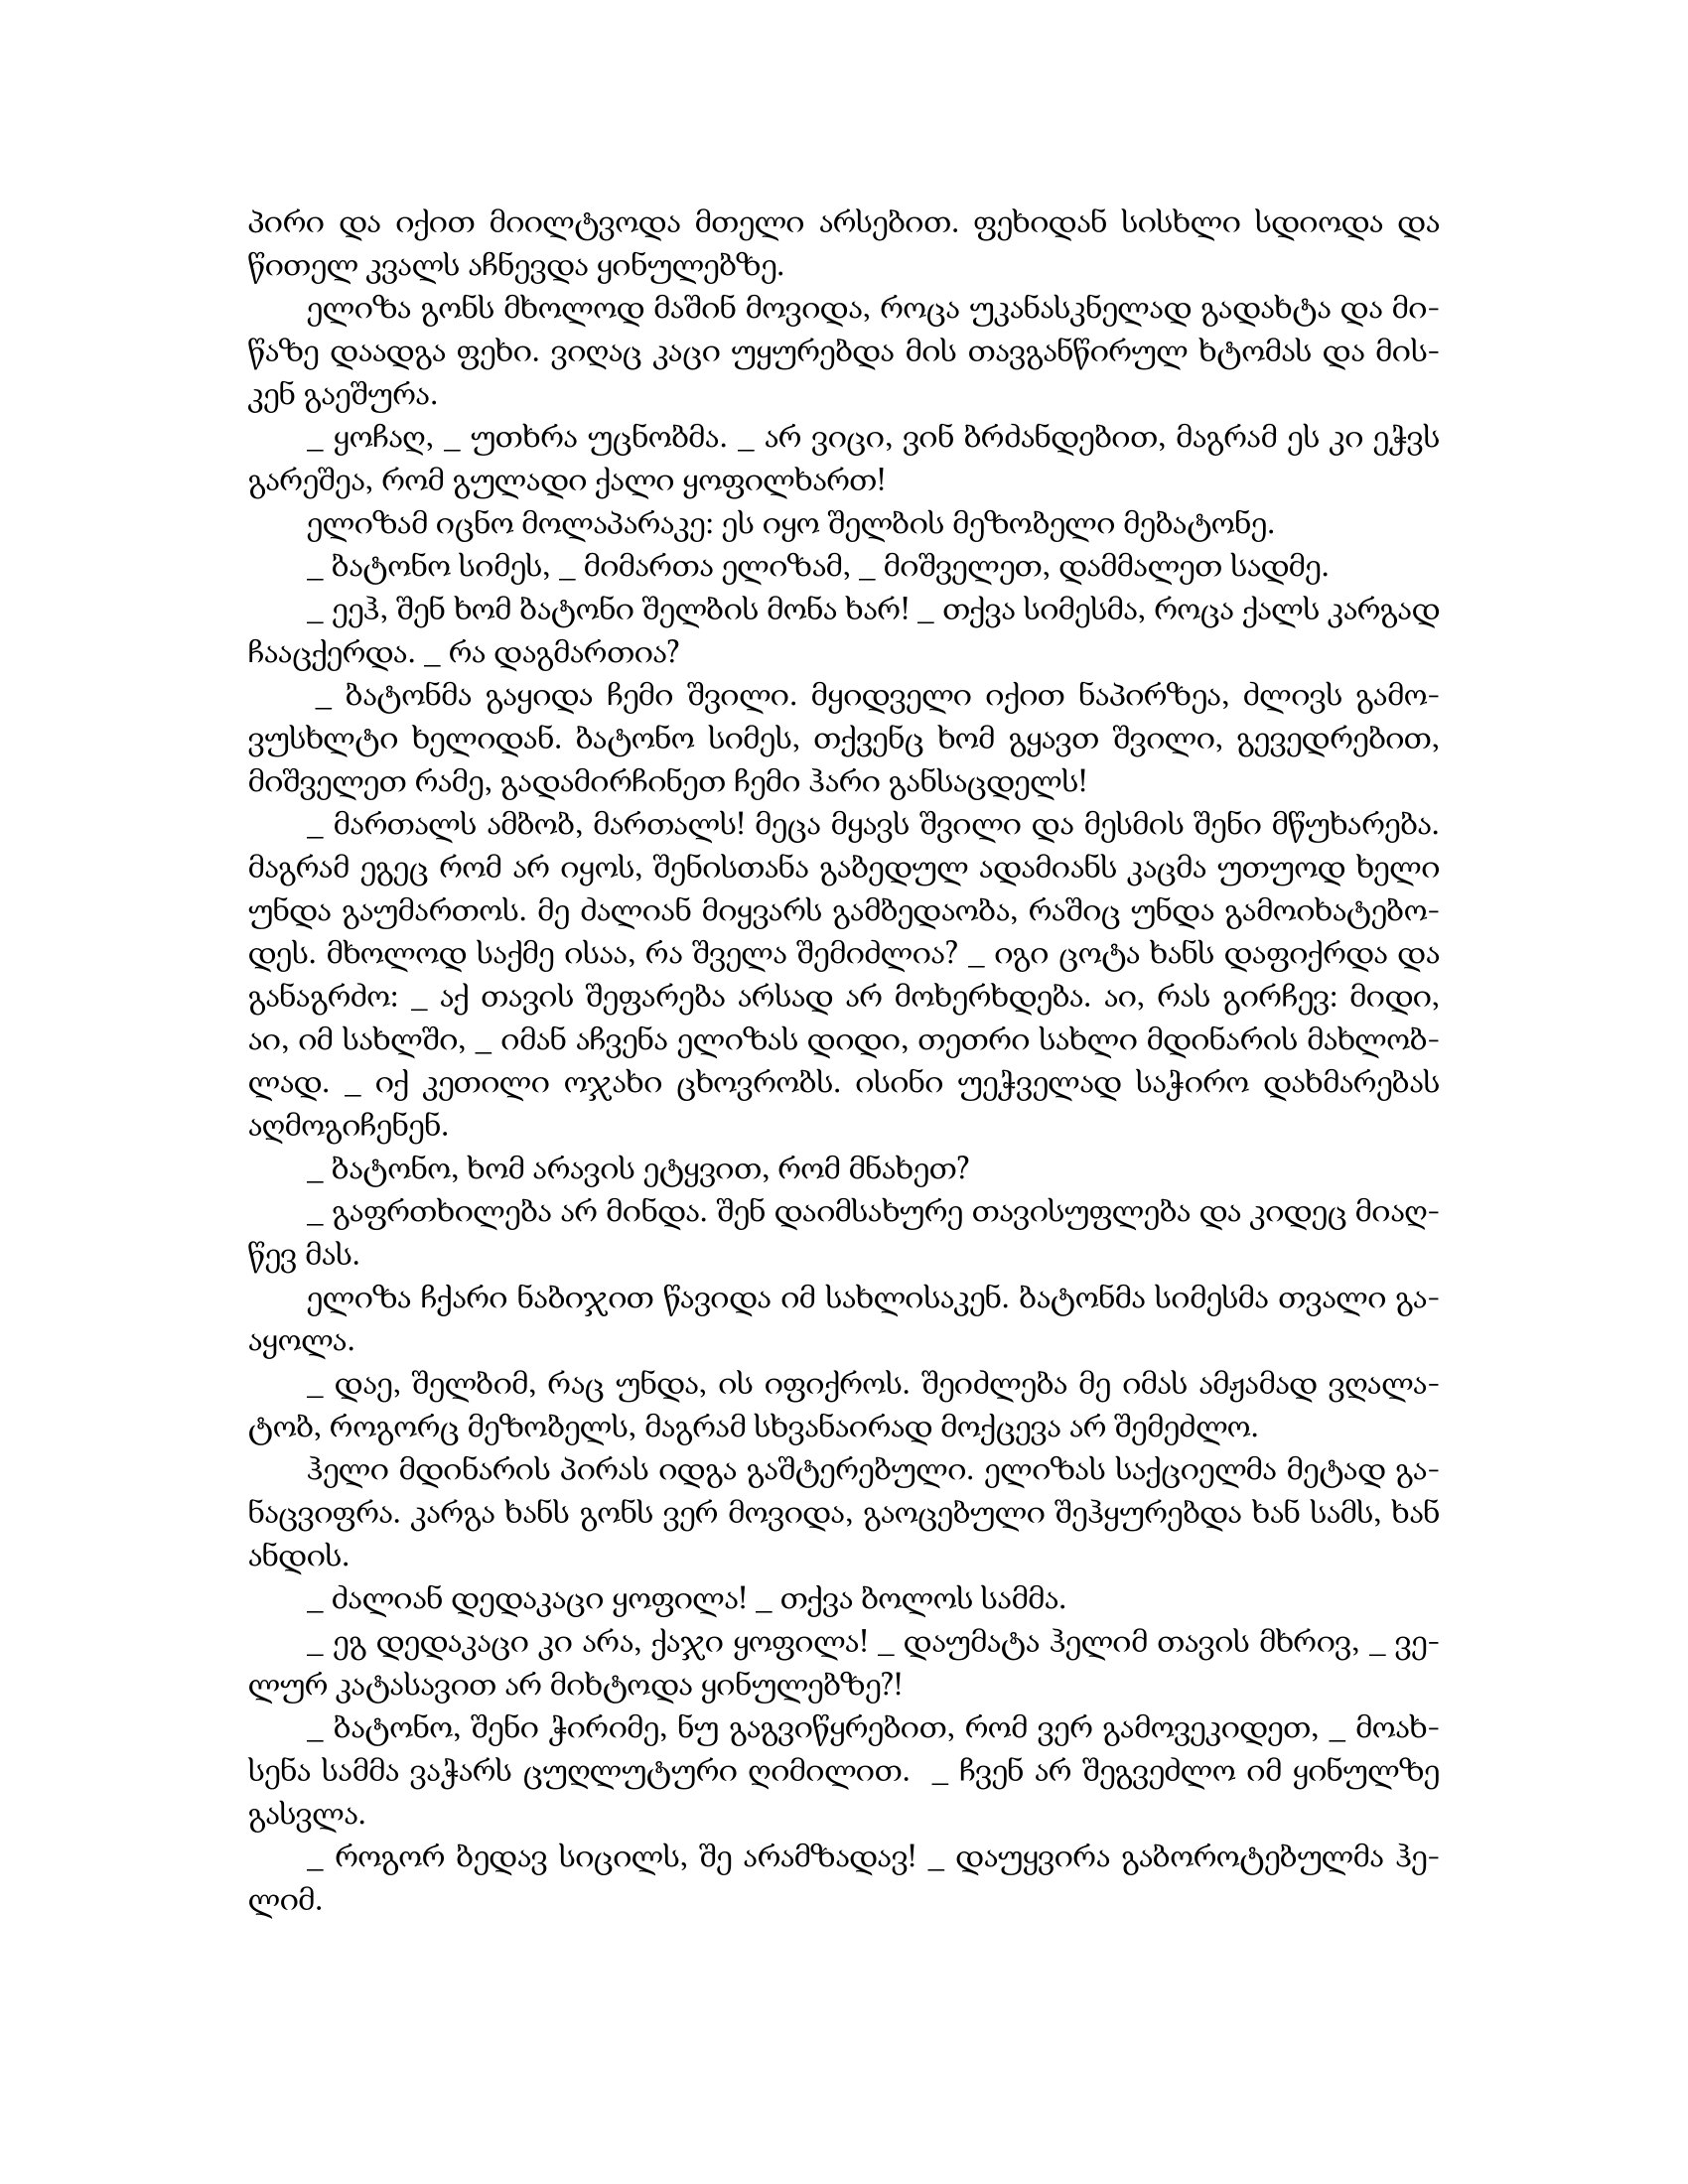
Language: gr